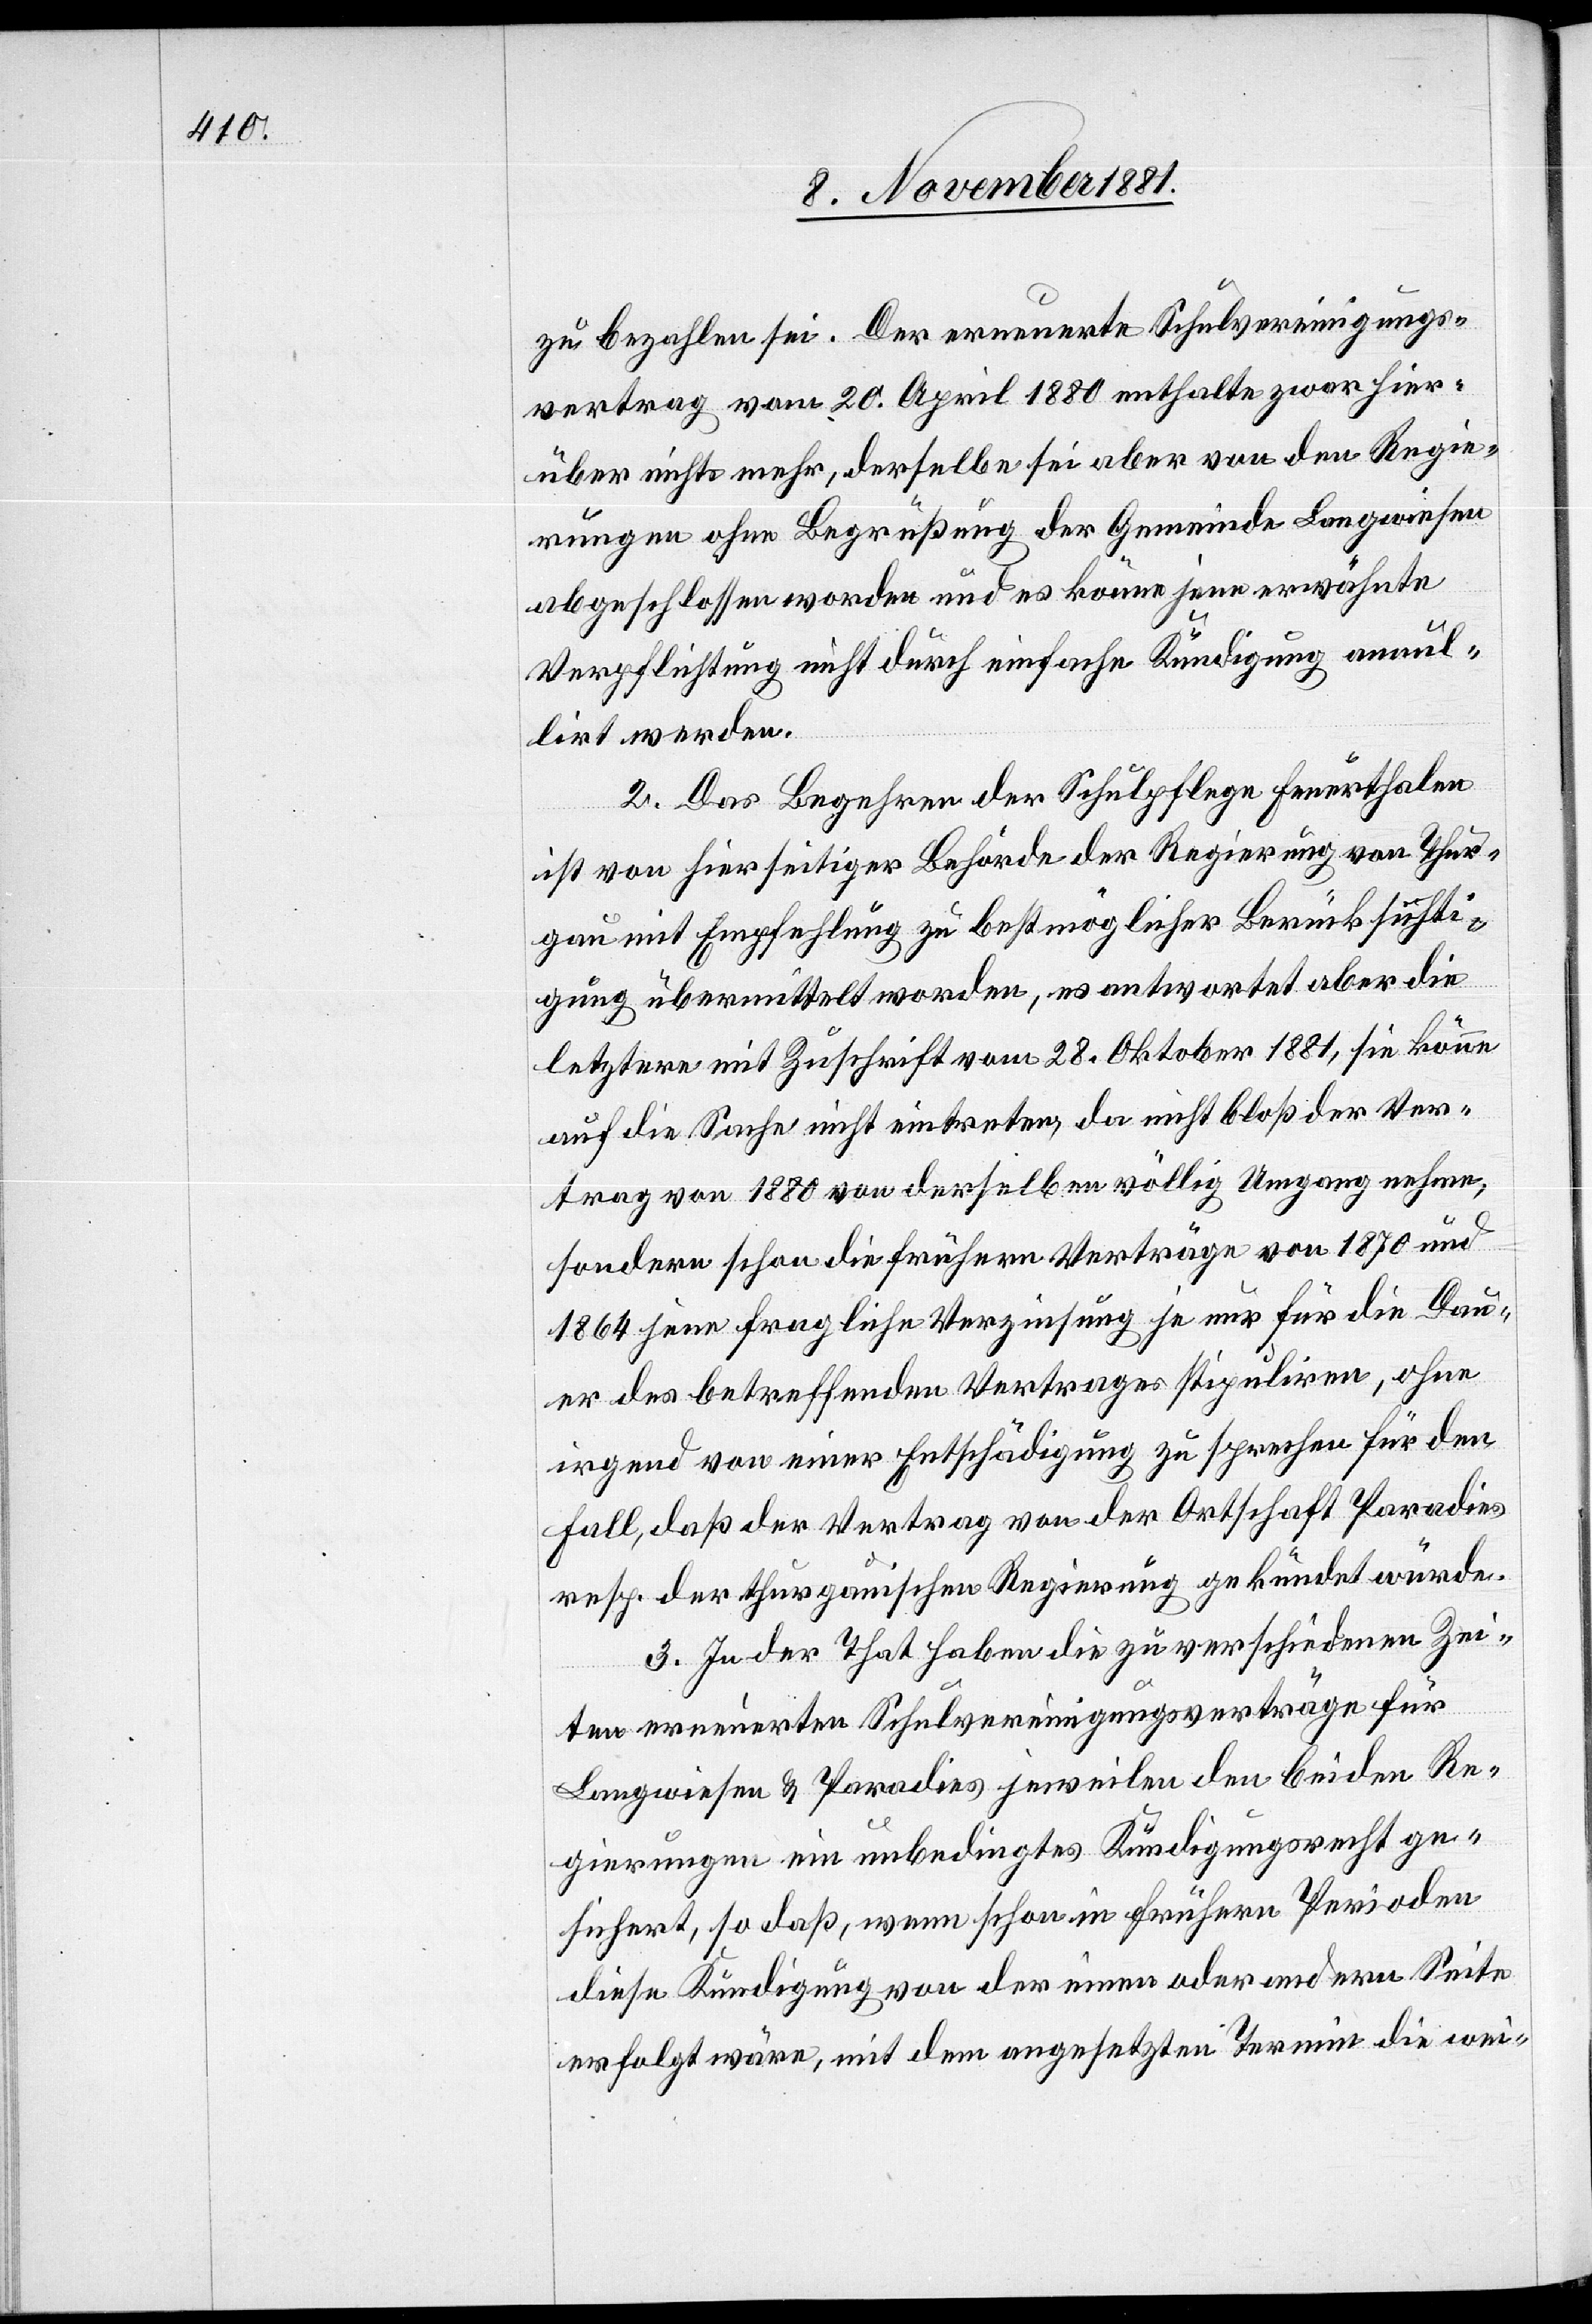
zu bezahlen sei. Der erneuerte Schulvereinigungs¬
vertrag vom 20. April 1880 enthalte zwar hier¬
über nichts mehr, derselbe sei aber von den Regie¬
rungen ohne Begrüßung der Gemeinde Langwiesen
abgeschlossen worden und es könne jene erwähnte
Verpflichtung nicht durch einfache Kündigung annul¬
lirt werden.
2. Das Begehren der Schulpflege Feuerthalen
ist von hierseitiger Behörde der Regierung von Thur¬
gau mit Empfehlung zu bestmöglicher Berücksichti¬
gung übermittelt worden, es antwortet aber die
letztere mit Zuschrift vom 28. Oktober 1881, sie könne
auf die Sache nicht eintreten, da nicht bloß der Ver¬
trag von 1880 von derselben völlig Umgang nehme,
sondern schon die frühern Verträge von 1870 und
1864 jene fragliche Verzinsung je nur für die Dau¬
er des betreffenden Vertrages stipuliren, ohne
irgend von einer Entschädigung zu sprechen für den
Fall, daß der Vertrag von der Ortschaft Paradies
resp. der thurgauischen Regierung gekündet würde.
3. In der That haben die zu verschiedenen Zei¬
ten erneuerten Schulvereinigungsverträge für
Langwiesen & Paradies jeweilen den beiden Re¬
gierungen ein unbedingtes Kündigungsrecht ge¬
sichert, so daß, wenn schon in frühern Perioden
diese Kündigung von der einen oder andern Seite
erfolgt wäre, mit dem angesetzten Termin die wei-